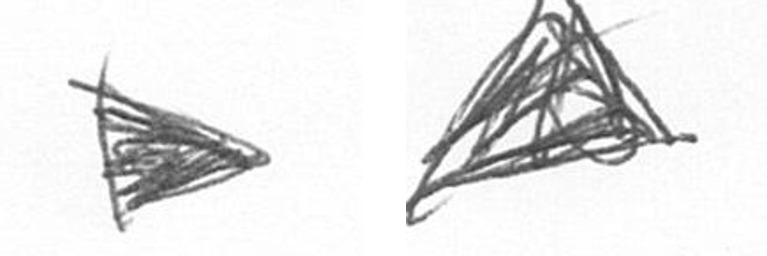
T O